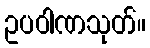
ဥပဝါဏသုတ်။